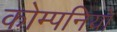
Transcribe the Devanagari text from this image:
कोम्पनियों